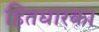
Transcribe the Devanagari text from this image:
हितधारक।